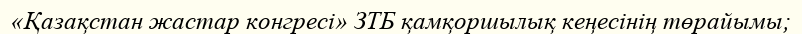
«Қазақстан жастар конгресі» ЗТБ қамқоршылық кеңесінің төрайымы;